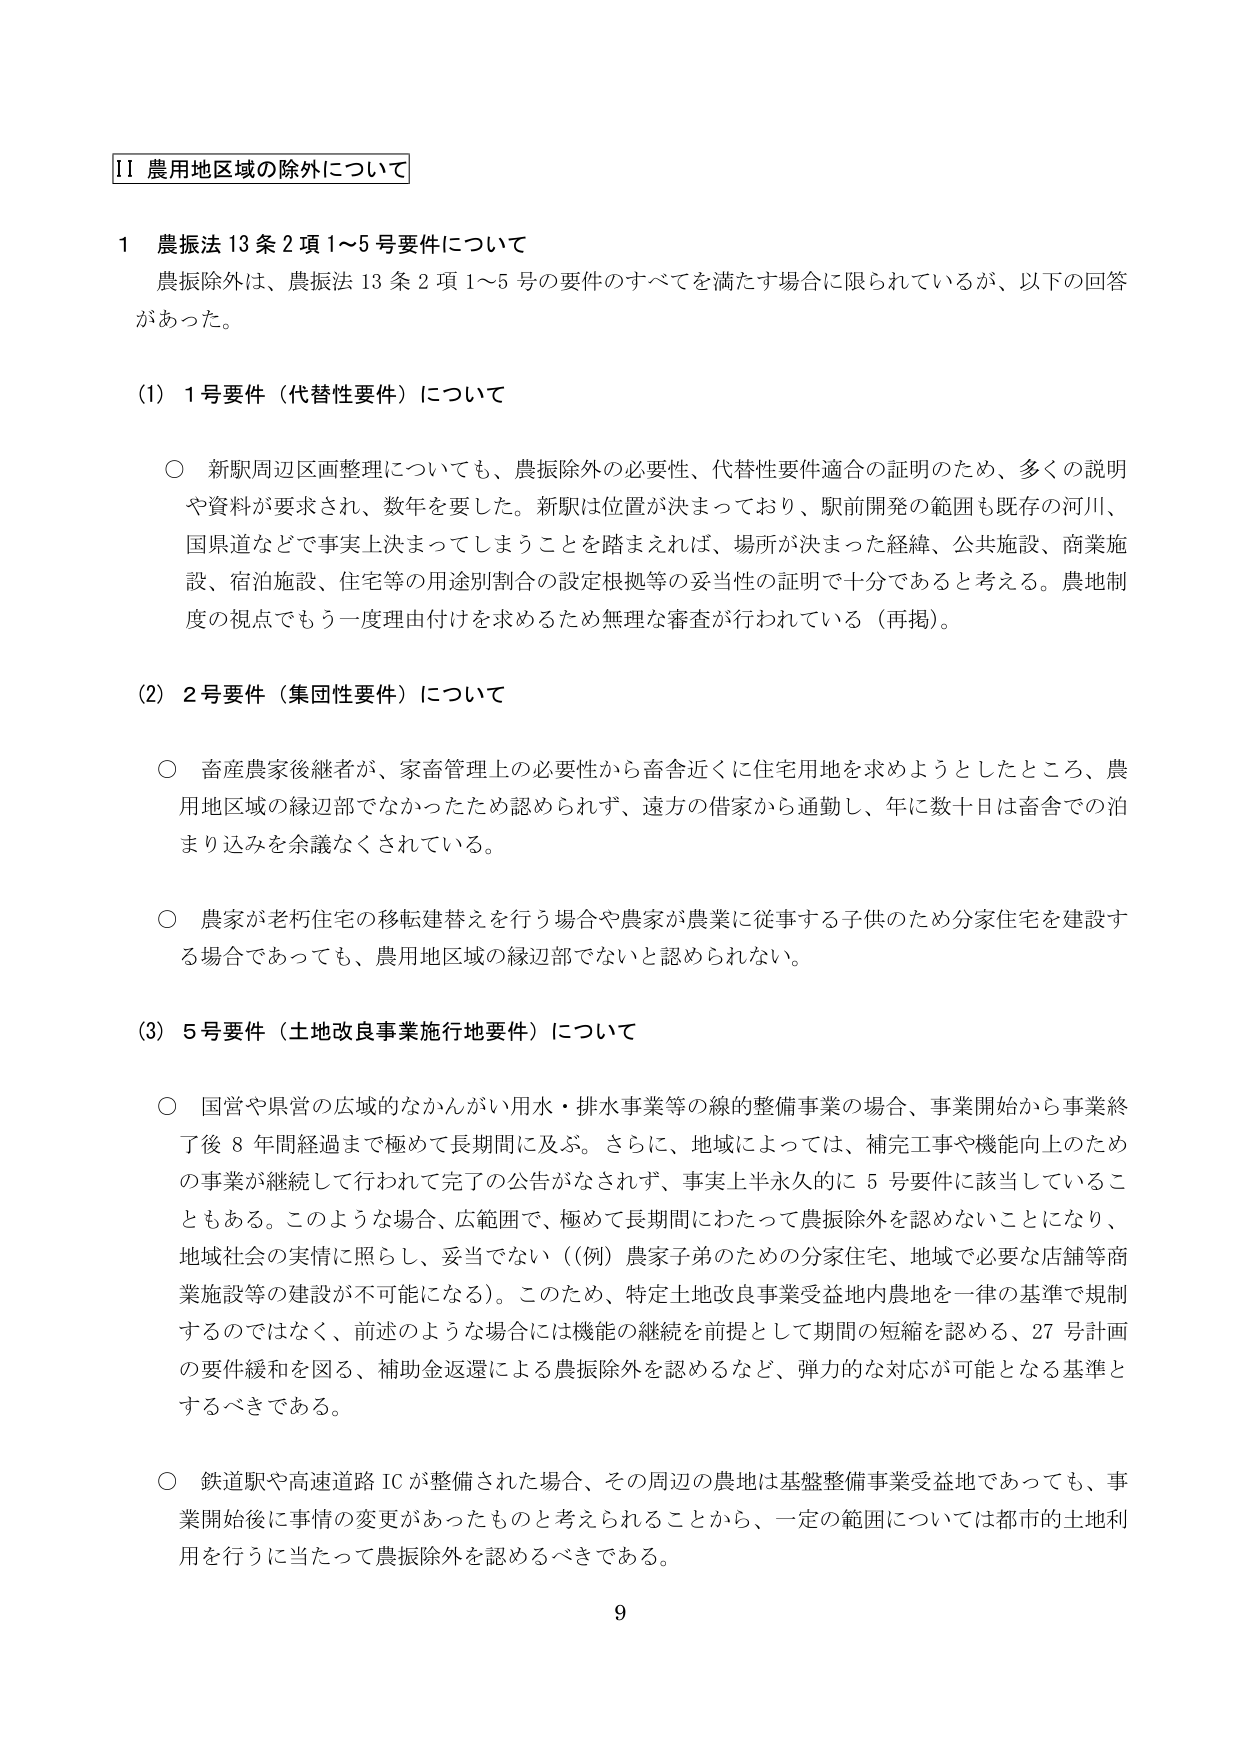
II 農用地区域の除外について

1 農振法13条2項1～5号要件について
農振除外は、農振法13条2項1～5号の要件のすべてを満たす場合に限られているが、以下の回答があった。

(1) 1号要件（代替性要件）について
○ 新駅周辺区画整理についても、農振除外の必要性、代替性要件適合の証明のため、多くの説明や資料が要求され、数年を要した。新駅は位置が決まっており、駅前開発の範囲も既存の河川、国県道などで事実上決まってしまうことを踏まえれば、場所が決まった経緯、公共施設、商業施設、宿泊施設、住宅等の用途別割合の設定根拠等の妥当性の証明で十分であると考える。農地制度の視点でもう一度理由付けを求めるため無理な審査が行われている（再掲）。

(2) 2号要件（集団性要件）について
○ 畜産農家後継者が、家畜管理上の必要性から畜舎近くに住宅用地を求めようとしたところ、農用地区域の縁辺部でなかったため認められず、遠方の借家から通勤し、年に数十日は畜舎での泊まり込みを余儀なくされている。
○ 農家が老朽住宅の移転建替えを行う場合や農家が農業に従事する子供のため分家住宅を建設する場合であっても、農用地区域の縁辺部でないと認められない。

(3) 5号要件（土地改良事業施行地要件）について
○ 国営や県営の広域的なかんがい用水・排水事業等の線的整備事業の場合、事業開始から事業終了後8年間経過まで極めて長期間に及ぶ。さらに、地域によっては、補完工事や機能向上のための事業が継続して行われて完了の公告がなされず、事実上半永久的に5号要件に該当していることもある。このような場合、広範囲で、極めて長期間にわたって農振除外を認めないことになり、地域社会の実情に照らし、妥当でない（（例）農家子弟のための分家住宅、地域で必要な店舗等商業施設等の建設が不可能になる）。このため、特定土地改良事業受益地内農地を一律の基準で規制するのではなく、前述のような場合には機能の継続を前提として期間の短縮を認める、27号計画の要件緩和を図る、補助金返還による農振除外を認めるなど、弾力的な対応が可能となる基準とするべきである。
○ 鉄道駅や高速道路ICが整備された場合、その周辺の農地は基盤整備事業受益地であっても、事業開始後に事情の変更があったものと考えられることから、一定の範囲については都市的土地利用を行うに当たって農振除外を認めるべきである。

9